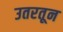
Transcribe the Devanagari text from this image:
उतरतून